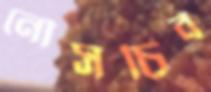
নৌসচিব